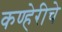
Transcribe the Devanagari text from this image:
कण्हेरीचे